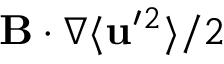
{ \bf { B } } \cdot \nabla \langle { { \bf { u } } ^ { \prime } { } ^ { 2 } } \rangle / 2